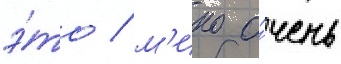
э́то / м'ико о́чень